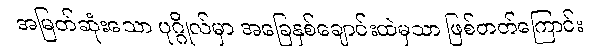
အမြတ်ဆုံးသော ပုဂ္ဂိုလ်မှာ အခြေနှစ်ချောင်းထဲမှသာ ဖြစ်တတ်ကြောင်း